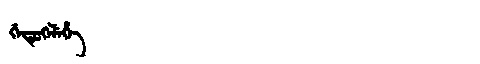
Manchu: ᡤᡝᡨᡠᡴᡝᠯᡝᡥᡝ
Romanization: GETUKELEHE